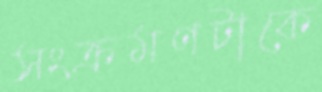
সংক্রমণটাকে